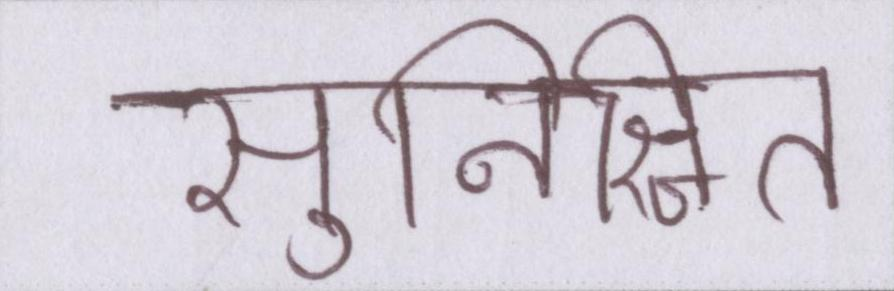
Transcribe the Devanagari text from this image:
सुनिश्चित